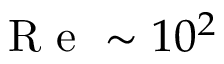
\mathrm { ~ R ~ e ~ } \sim 1 0 ^ { 2 }